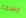
جسمه